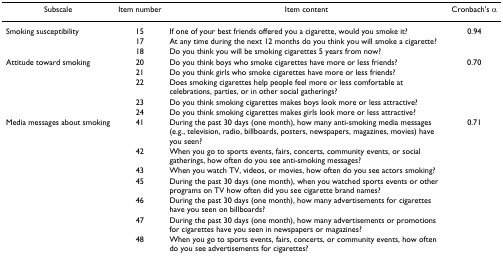
<table><thead><tr><td><b>Subscale</b></td><td><b>Item number</b></td><td><b>Item content</b></td><td><b>Cronbach&#x27;s α</b></td></tr></thead><tbody><tr><td>Smoking susceptibility</td><td>15</td><td>If one of your best friends offered you a cigarette, would you smoke it?</td><td>0.94</td></tr><tr><td></td><td>17</td><td>At any time during the next 12 months do you think you will smoke a cigarette?</td><td></td></tr><tr><td></td><td>18</td><td>Do you think you will be smoking cigarettes 5 years from now?</td><td></td></tr><tr><td>Attitude toward smoking</td><td>20</td><td>Do you think boys who smoke cigarettes have more or less friends?</td><td>0.70</td></tr><tr><td></td><td>21</td><td>Do you think girls who smoke cigarettes have more or less friends?</td><td></td></tr><tr><td></td><td>22</td><td>Does smoking cigarettes help people feel more or less comfortable at celebrations, parties, or in other social gatherings?</td><td></td></tr><tr><td></td><td>23</td><td>Do you think smoking cigarettes makes boys look more or less attractive?</td><td></td></tr><tr><td></td><td>24</td><td>Do you think smoking cigarettes makes girls look more or less attractive?</td><td></td></tr><tr><td>Media messages about smoking</td><td>41</td><td>During the past 30 days (one month), how many anti-smoking media messages (e.g., television, radio, billboards, posters, newspapers, magazines, movies) have you seen?</td><td>0.71</td></tr><tr><td></td><td>42</td><td>When you go to sports events, fairs, concerts, community events, or social gatherings, how often do you see anti-smoking messages?</td><td></td></tr><tr><td></td><td>43</td><td>When you watch TV, videos, or movies, how often do you see actors smoking?</td><td></td></tr><tr><td></td><td>45</td><td>During the past 30 days (one month), when you watched sports events or other programs on TV how often did you see cigarette brand names?</td><td></td></tr><tr><td></td><td>46</td><td>During the past 30 days (one month), how many advertisements for cigarettes have you seen on billboards?</td><td></td></tr><tr><td></td><td>47</td><td>During the past 30 days (one month), how many advertisements or promotions for cigarettes have you seen in newspapers or magazines?</td><td></td></tr><tr><td></td><td>48</td><td>When you go to sports events, fairs, concerts, or community events, how often do you see advertisements for cigarettes?</td><td></td></tr></tbody></table>